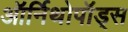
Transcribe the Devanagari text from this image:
ऑर्निथोपॉड्स